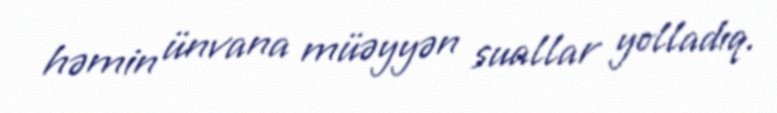
həmin ünvana müəyyən suallar yolladıq.